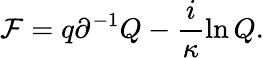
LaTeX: {\cal F}=q\partial^{-1}Q-\frac{i}{\kappa}\ln Q.